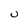
Character: U